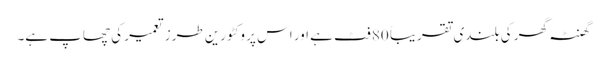
گھنٹہ گھر کی بلندی تقریباً 80 فٹ ہے اور اس پر وکٹورین طرز تعمیر کی چھاپ ہے۔